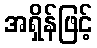
အရှိန်ဖြင့်